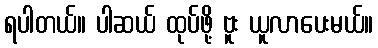
ရပါတယ်။ ပါဆယ် ထုပ်ဖို့ ဗူး ယူလာပေးမယ်။